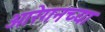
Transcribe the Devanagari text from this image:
ओरेगनच्या